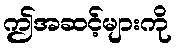
ဤအဆင့်များကို